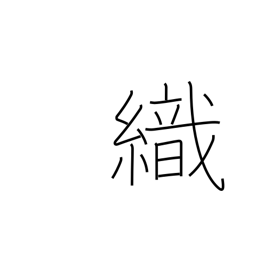
Meaning: weave